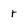
Character: t